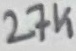
Text: 27K